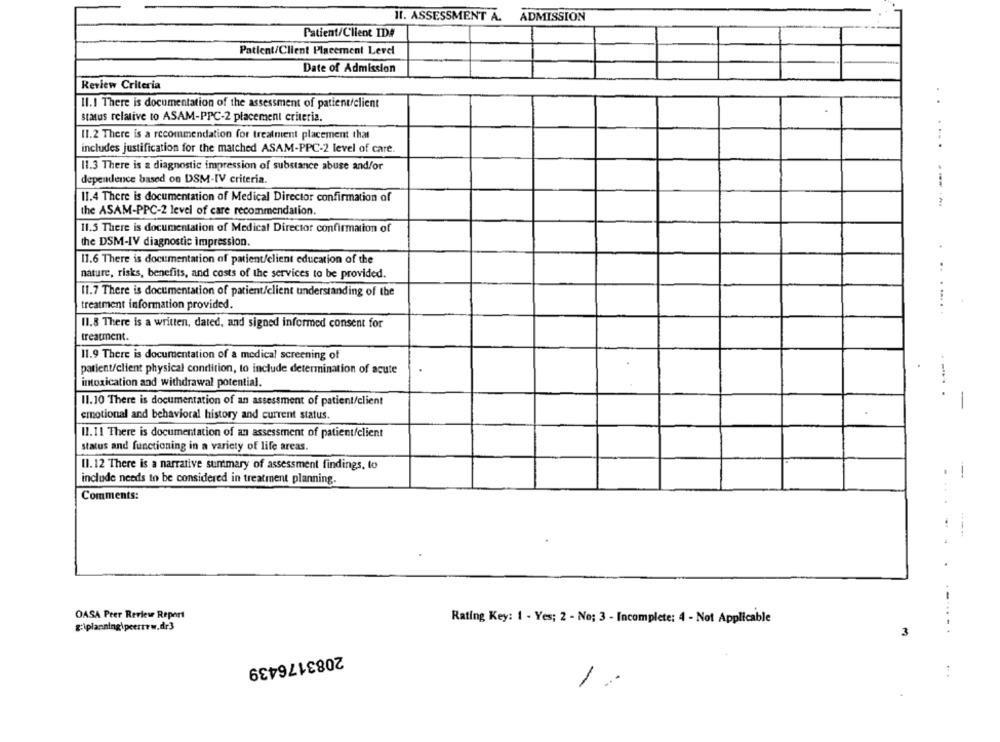
II. ASSESSMENT A. ADMISSION
Patient/Client ID#
Patient/Client Placement Level
Date of Admission
Review Criteria
II.I There is documentation of the assessment of patient/client
..
status relative to ASAM-PPC-2 placement criteria.
11.2 There is a recommendation for treatment placement that
includes justification for the matched ASAM-PPC-2 level of care.
11.3 There is a diagnostic impression of substance abuse and/or
dependence based on DSM-IV criteria.
11.4 There is documentation of Medical Director confirmation of
the ASAM-PPC-2 level of care recommendation.
11.5 There is documentation of Medical Director confirmation of
the DSM-IV diagnostic impression.
11.6 There is documentation of patient/client education of the
nature, risks, benefits, and costs of the services to be provided.
11.7 There is documentation of patient/client understanding of the
treatment information provided.
11.8 There is a written, dated, and signed informed consent for
treatment.
11.9 There is documentation of a medical screening of
patient/client physical condition, to include determination of acute
intoxication and withdrawal potential.
11.10 There is documentation of an assessment of patient/client
-
emotional and behavioral history and current status.
11.11 There is documentation of an assessment of patient/client
status and functioning in a variety of life areas.
II. 12 There is a narrative summary of assessment findings, to
include needs to be considered in treatment planning.
Comments:
OASA Peer Review Report
Rating Key: 1 - Yes; 2 - No; 3 - Incomplete: 4 - Not Applicable
g:iplanning\peertrw.dr3
3
2083176439